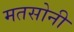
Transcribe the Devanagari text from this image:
मतसोनी